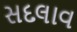
સદલાવ